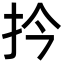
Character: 扲